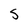
Character: S